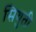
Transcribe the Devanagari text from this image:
सियुती